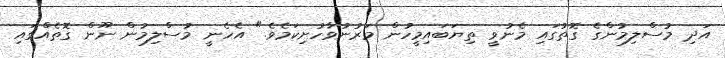
އަދި މުސްލިމުންގެ ގޮތުގައި މެނުވީ ތިޔަބައިމީހުން މަރުނުވާހުށިކަމެވެ." އެހެނީ މުސްލިމުން ނޫން ގޮތެއްގައި